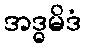
အဒ္ဓမိဒံ